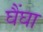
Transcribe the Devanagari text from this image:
घैंघा